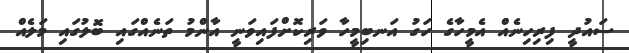
ސައުދީ ފިރިހިނެއް އެމީހާގެ ހަގު އަނބިމީހާ ވަރިކޮށްފައިވަނީ އާންމު ތަނެއްގައި ބޮލުގައި މަލެއް